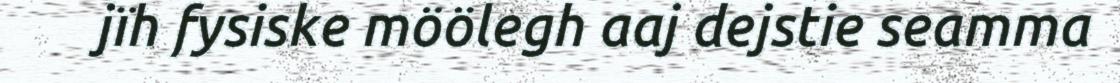
jïh fysiske möölegh aaj dejstie seamma